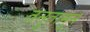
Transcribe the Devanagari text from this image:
तनुतामुन